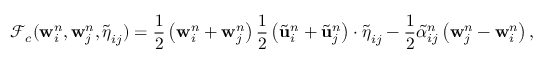
\mathcal { F } _ { c } ( \mathbf { w } _ { i } ^ { n } , \mathbf { w } _ { j } ^ { n } , \widetilde { \boldsymbol { \eta } } _ { i j } ) = \displaystyle \frac { 1 } { 2 } \left( \mathbf { w } _ { i } ^ { n } + \mathbf { w } _ { j } ^ { n } \right) \frac { 1 } { 2 } \left( \widetilde { \mathbf { u } } _ { i } ^ { n } + \widetilde { \mathbf { u } } _ { j } ^ { n } \right) \cdot \widetilde { \boldsymbol { \eta } } _ { i j } - \frac { 1 } { 2 } \widetilde { \alpha } _ { i j } ^ { n } \left( \mathbf { w } _ { j } ^ { n } - \mathbf { w } _ { i } ^ { n } \right) ,